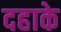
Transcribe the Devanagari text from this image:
दहाके